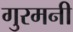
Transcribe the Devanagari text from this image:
गुरमनी